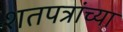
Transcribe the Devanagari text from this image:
शतपत्रांच्या